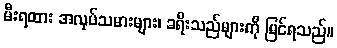
မီးရထား အလုပ်သမားများ၊ ခရီးသည်များကို မြင်ရသည်။